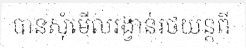
បានសុំមើលរង្វាន់រថយន្តពី